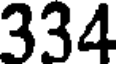
334